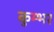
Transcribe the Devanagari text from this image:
कुम्भर